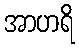
အာဟရိ